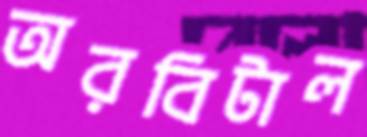
অরবিটাল